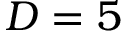
D = 5